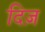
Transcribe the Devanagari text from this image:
दिज़